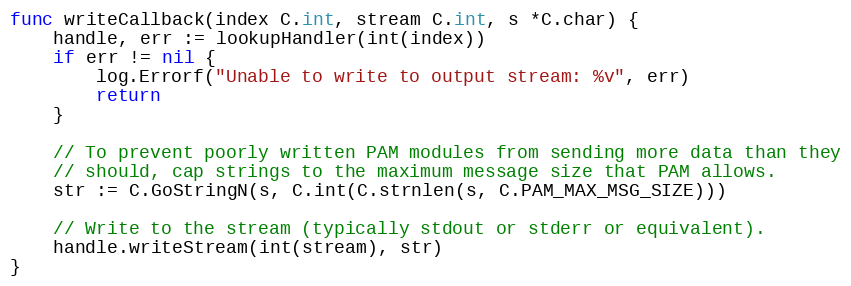
Language: Go
func writeCallback(index C.int, stream C.int, s *C.char) {
	handle, err := lookupHandler(int(index))
	if err != nil {
		log.Errorf("Unable to write to output stream: %v", err)
		return
	}

	// To prevent poorly written PAM modules from sending more data than they
	// should, cap strings to the maximum message size that PAM allows.
	str := C.GoStringN(s, C.int(C.strnlen(s, C.PAM_MAX_MSG_SIZE)))

	// Write to the stream (typically stdout or stderr or equivalent).
	handle.writeStream(int(stream), str)
}